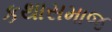
કથાસમાજ